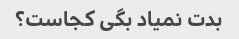
بدت نمیاد بگی کجاست؟